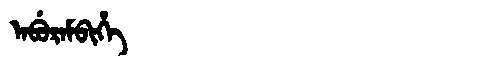
Manchu: ᠠᠪᡠᡵᠠᠮᠪᡳᡥᡝ
Romanization: ABURAMBIHE